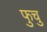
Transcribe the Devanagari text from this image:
फुचु